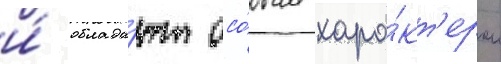
и́ облада́ют осо́бым хара́кт'ером